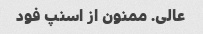
عالی. ممنون از اسنپ فود